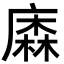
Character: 𢊲